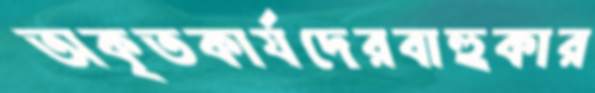
অকৃতকার্যদেরবাহুকার